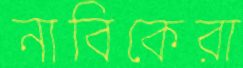
নাবিকেরা